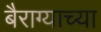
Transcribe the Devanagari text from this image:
बैराग्याच्या